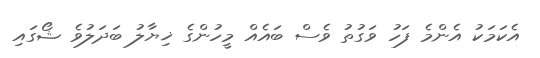
އެކަމަކު އެންމެ ފަހު ވަގުތު ވެސް ބައެއް މީހުންގެ ޚިޔާލު ބަދަލުވެ ޝޯގައި